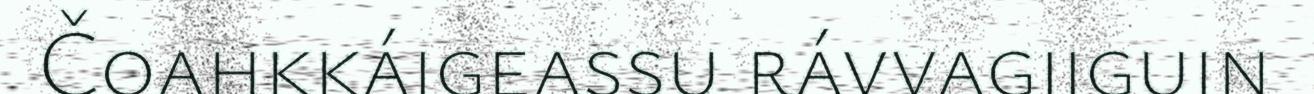
Čoahkkáigeassu rávvagiiguin